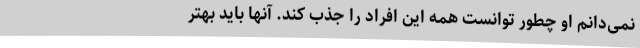
نمی‌دانم او چطور توانست همه این افراد را جذب کند. آنها باید بهتر